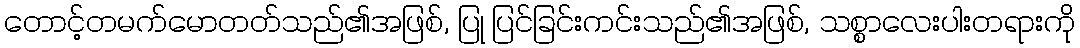
တောင့်တမက်မောတတ်သည်၏အဖြစ်, ပြု ပြင်ခြင်းကင်းသည်၏အဖြစ်, သစ္စာလေးပါးတရားကို